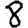
Digit: 8